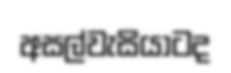
අසල්වැසියාටද